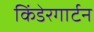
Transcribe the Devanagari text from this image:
किंडेरगार्टन